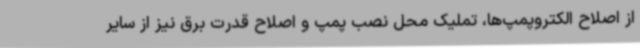
از اصلاح الکتروپمپ‌ها، تملیک محل نصب پمپ و اصلاح قدرت برق نیز از سایر